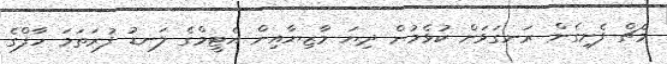
މެޗް ފެށިގެން ރަނގަޅަށް ކުޅެމުން ދިޔަ މާޒިޔާއިން އެޓީމްގެ ލަނޑު ފުރަތަމަ ހާފްގެ